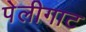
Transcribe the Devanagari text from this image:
पेलीगाट